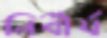
নির্বীর্য